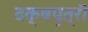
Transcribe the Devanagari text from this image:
दक्षपुत्री